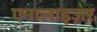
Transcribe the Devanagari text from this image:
एनालाइज़र